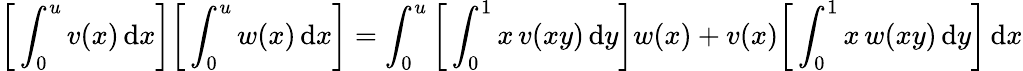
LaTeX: {\biggl[}\int_{0}^{u}v(x)\, \mathrm{d}x{\biggr]}{\biggl[}\int_{0}^{u}w(x)\, \mathrm{d}x{\biggr]}=\int_{0}^{u}{\biggl[}\int_{0}^{1}x\, v(xy)\, \mathrm{d}y{\biggr]}w(x)+v(x){\biggl[}\int_{0}^{1}x\, w(xy)\, \mathrm{d}y{\biggr]}\, \mathrm{d}x